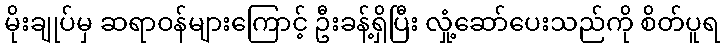
မိုးချုပ်မှ ဆရာဝန်များကြောင့် ဦးခန့်ရှိပြီး လှုံ့ဆော်ပေးသည်ကို စိတ်ပူရ